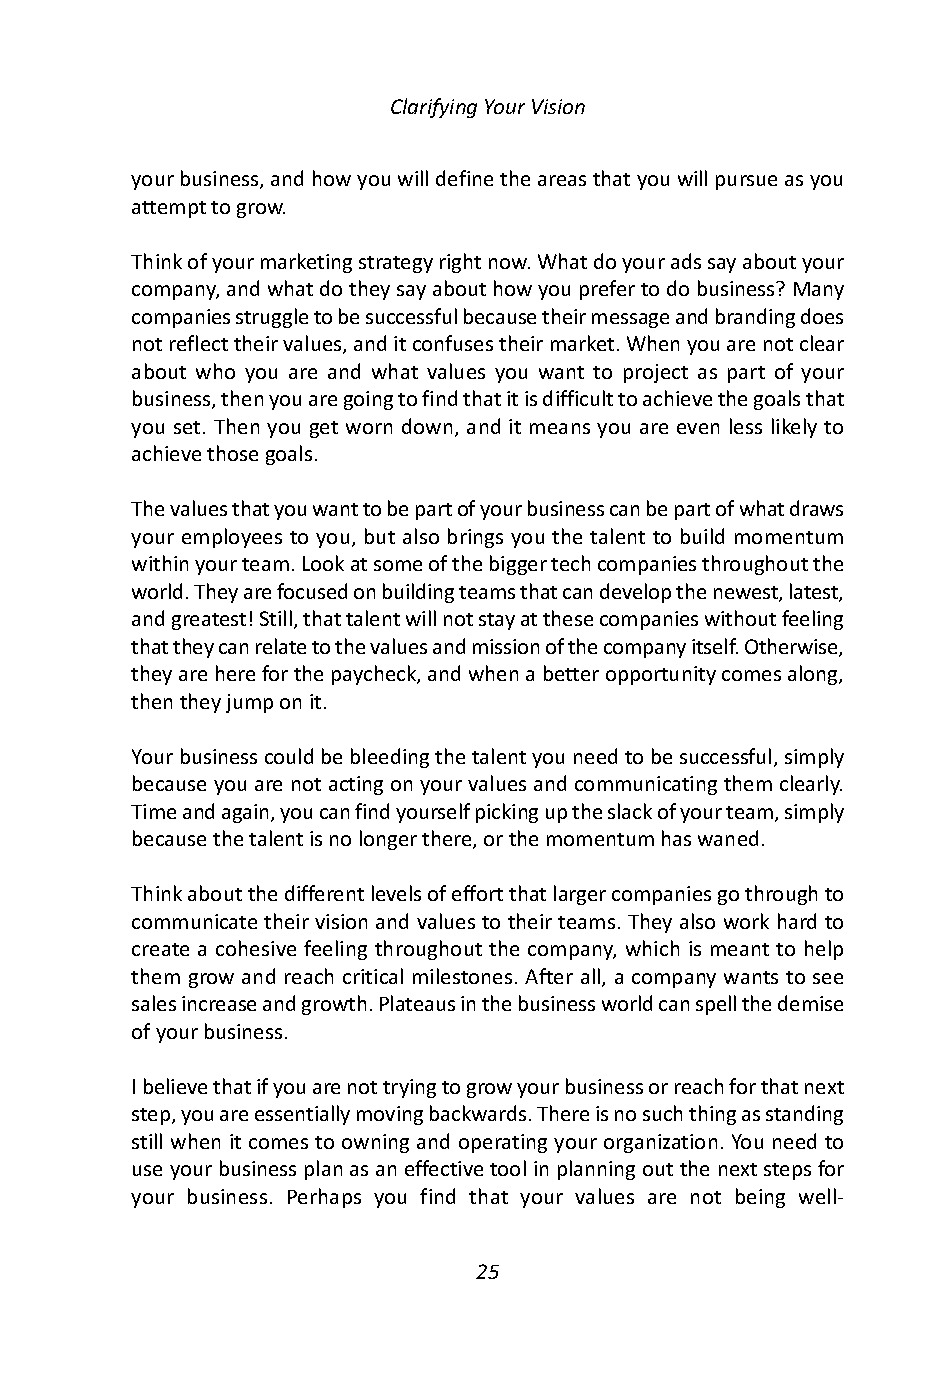
Clarifying Your Vision
 your business, and how you will define the areas that you will pursue as you
 attempt to grow.
 Think of your marketing strategy right now. What do your ads say about your
 company, and what do they say about how you prefer to do business? Many
 companies struggle to be successful because their message and branding does
 not reflect their values, and it confuses their market. When you are not clear
 about who you are and what values you want to project as part of your
 business, then you are going to find that it is difficult to achieve the goals that
 you set. Then you get worn down, and it means you are even less likely to
 achieve those goals.
 The values that you want to be part of your business can be part of what draws
 your employees to you, but also brings you the talent to build momentum
 within your team. Look at some of the bigger tech companies throughout the
 world. They are focused on building teams that can develop the newest, latest,
 and greatest! Still, that talent will not stay at these companies without feeling
 that they can relate to the values and mission of the company itself. Otherwise,
 they are here for the paycheck, and when a better opportunity comes along,
 then they jump on it.
 Your business could be bleeding the talent you need to be successful, simply
 because you are not acting on your values and communicating them clearly.
 Time and again, you can find yourself picking up the slack of your team, simply
 because the talent is no longer there, or the momentum has waned.
 Think about the different levels of effort that larger companies go through to
 communicate their vision and values to their teams. They also work hard to
 create a cohesive feeling throughout the company, which is meant to help
 them grow and reach critical milestones. After all, a company wants to see
 sales increase and growth. Plateaus in the business world can spell the demise
 of your business.
 I believe that if you are not trying to grow your business or reach for that next
 step, you are essentially moving backwards. There is no such thing as standing
 still when it comes to owning and operating your organization. You need to
 use your business plan as an effective tool in planning out the next steps for
 your business. Perhaps you find that your values are not being well-
 25